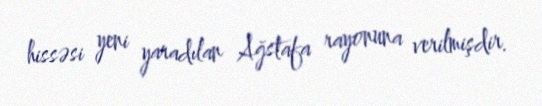
hissəsi yeni yaradılan Ağstafa rayonuna verilmişdir.